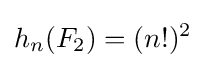
h_{n}(F_{2})=(n!)^{2}